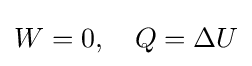
W=0,\quad Q=\Delta U